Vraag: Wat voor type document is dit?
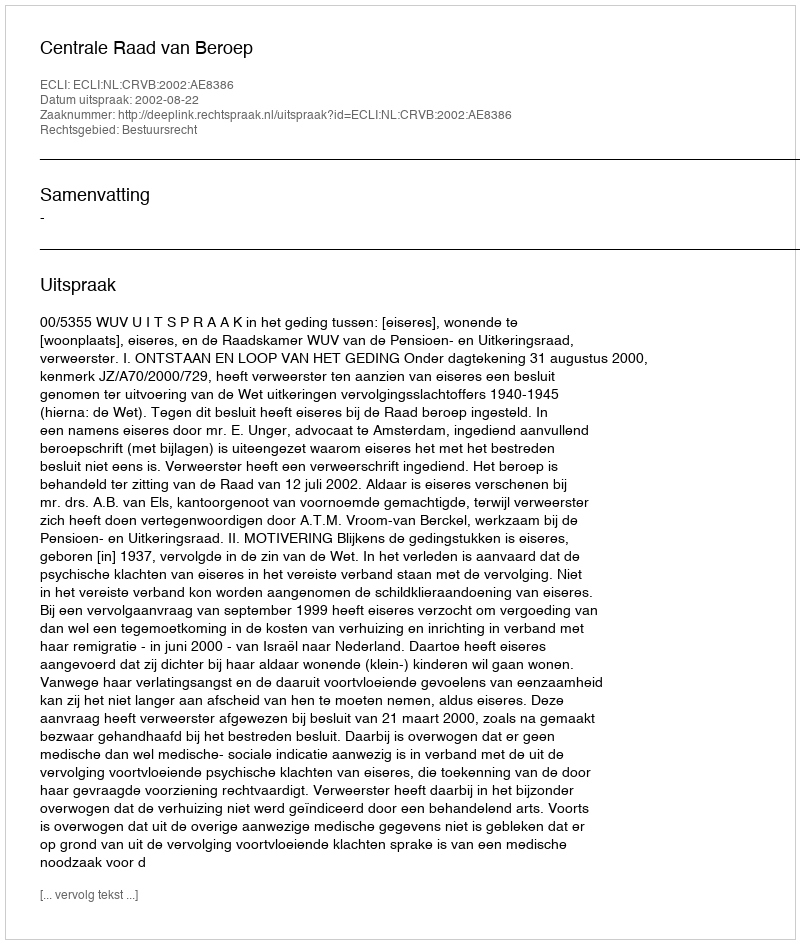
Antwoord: Uitspraak